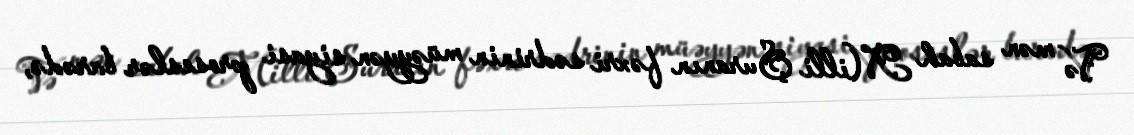
Və mən sabah Milli Şuranın fəxri sədrinin müəyyən siyasi proseslər barədə,